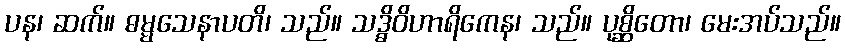
ပန၊ ဆက်။ ဓမ္မသေနာပတိ၊ သည်။ သဒ္ဓိဝိဟာရိကေန၊ သည်။ ပုစ္ဆိတော၊ မေးအပ်သည်။